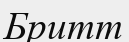
Бритт